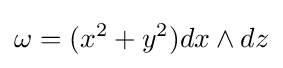
\omega =(x^{2}+y^{2})dx\wedge dz